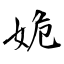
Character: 姽